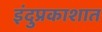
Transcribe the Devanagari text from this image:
इंदुप्रकाशात